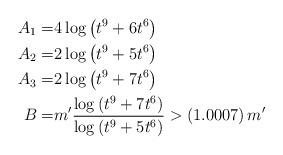
LaTeX: \begin{align*}A_1 =& 4 \log \left(t^9+6t^6\right)\\A_2 =& 2 \log \left(t^9+5t^6\right)\\A_3 =& 2 \log \left(t^9+7t^6\right)\\B=& m' \frac{\log \left(t^9+7t^6\right)}{\log \left(t^9+5t^6\right)} > \left(1.0007\right)m'\end{align*}